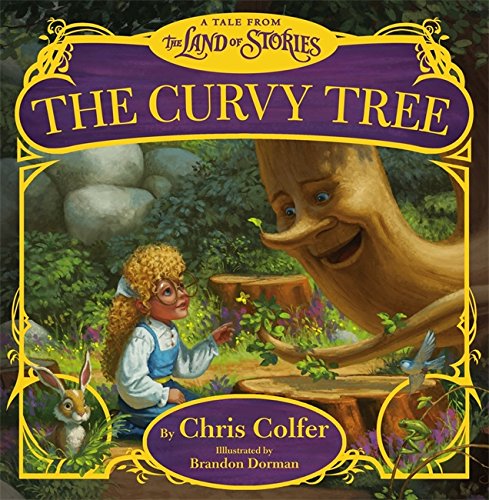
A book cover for The Curvy Tree: A Tale from the Land of Stories; Chris Colfer; Children's Books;